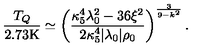
{ \frac { T _ { Q } } { 2 . 7 3 \mathrm { K } } } \simeq \left( { \frac { \kappa _ { 5 } ^ { 4 } \lambda _ { 0 } ^ { 2 } - 3 6 \xi ^ { 2 } } { 2 \kappa _ { 5 } ^ { 4 } | \lambda _ { 0 } | \rho _ { 0 } } } \right) ^ { \frac { 3 } { 9 - k ^ { 2 } } } .